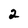
Character: 2